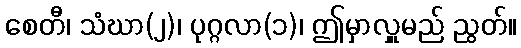
စေတီ၊ သံဃာ(၂)၊ ပုဂ္ဂလာ(၁)၊ ဤမှာလှူမည် ညွတ်။